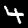
Digit: 4